Senior Leaving Certificate Examination (including Day School Certificate (Higher) General paper), 1950
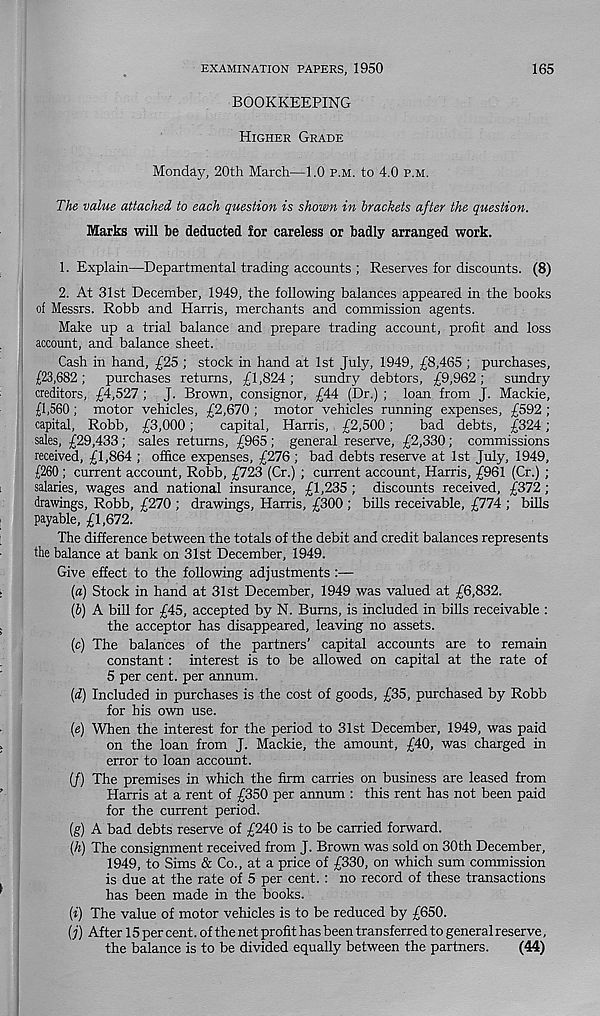
EXAMINATION PAPERS, 1950
165
BOOKKEEPING
Higher Grade
Monday, 20th March—1.0 p.m. to 4.0 p.m.
The value attached to each question is shown in brackets after the question.
Marks will be deducted for careless or badly arranged work.
1. Explain—Departmental trading accounts ; Reserves for discounts. (8)
2. At 31st December, 1949, the following balances appeared in the books
of Messrs. Robb and Harris, merchants and commission agents.
Make up a trial balance and prepare trading account, profit and loss
account, and balance sheet.
Cash in hand, £25 ; stock in hand at 1st July, 1949, £8,465 ; purchases,
£23,682 ; purchases returns, £1,824 ; sundry debtors, £9,962 ; sundry
creditors, £4,527 ; J. Brown, consignor, £44 (Dr.) ; loan from J. Mackie,
£1,560; motor vehicles, £2,670 ; motor vehicles running expenses, £592 ;
capital, Robb, £3,000 ;
capital, Harris, , £2,500 ;
bad debts, £324 ;
sales, £29,433; sales returns, £965 ; general reserve, £2,330; commissions
received, £1,864 ; office expenses, £276 ; bad debts reserve at 1st July, 1949,
£260 ; current account, Robb, £723 (Cr.) ; current account, Harris, £961 (Cr.) ;
salaries, wages and national insurance, £1,235; discounts received, £372;
drawings, Robb, £270 ; drawings, Harris, £300 ; bills receivable, £774 ; bills
payable, £1,672.
The difference between the totals of the debit and credit balances represents
the balance at bank on 31st December, 1949.
Give effect to the following adjustments:—
(a) Stock in hand at 31st December, 1949 was valued at £6,832.
{b) A bill for £45, accepted by N. Bums, is included in bills receivable :
the acceptor has disappeared, leaving no assets.
(c) The balances of the partners’ capital accounts are to remain
constant: interest is to be allowed on capital at the rate of
5 per cent, per annum.
{d) Included in purchases is the cost of goods, £35, purchased by Robb
for his own use.
(e) When the interest for the period to 31st December, 1949, was paid
on the loan from J. Mackie, the amount, £40, was charged in
error to loan account.
(/) The premises in which the firm carries on business are leased from
Harris at a rent of £350 per annum : this rent has not been paid
for the current period.
(g) A bad debts reserve of £240 is to be carried forward.
{h) The consignment received from J. Brown was sold on 30th December,
1949, to Sims & Co., at a price of £330, on which sum commission
is due at the rate of 5 per cent. : no record of these transactions
has been made in the books.
(t) The value of motor vehicles is to be reduced by £650.
(j) After ISpercent. of the net profit has been transferred to general reserve,
the balance is to be divided equally between the partners.
(44)